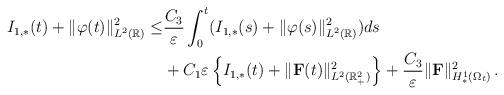
LaTeX: \begin{align*}I_{1,\ast}(t)+\Vert\varphi(t)\Vert^2_{L^2(\mathbb R)}\le &\frac{C_3}{\varepsilon}\int_0^t(I_{1,\ast}(s)+\Vert\varphi(s)\Vert^2_{L^2(\mathbb R)})ds\\&+C_1\varepsilon\left\{I_{1,\ast}(t)+\Vert{\mathbf F}(t)\Vert^2_{L^2(\mathbb R^2_+)}\right\}+\frac{C_3}{\varepsilon}\Vert{\mathbf F}\Vert^2_{H^1_\ast(\Omega_t)}\,.\end{align*}